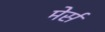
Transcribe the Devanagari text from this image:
मेर्स